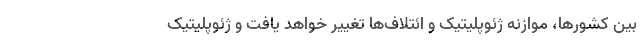
بین کشورها، موازنه ژئوپلیتیک و ائتلاف‌ها تغییر خواهد یافت و ژئوپلیتیک